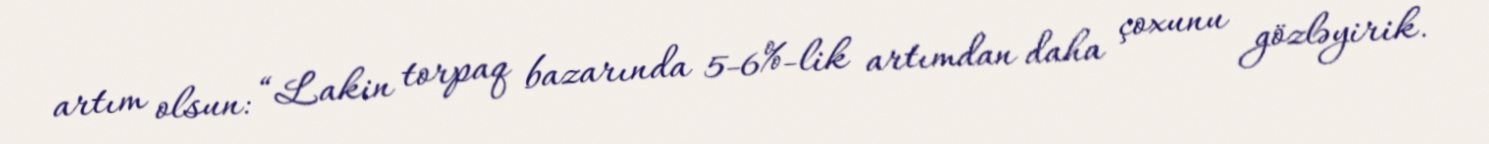
artım olsun: “Lakin torpaq bazarında 5-6%-lik artımdan daha çoxunu gözləyirik.